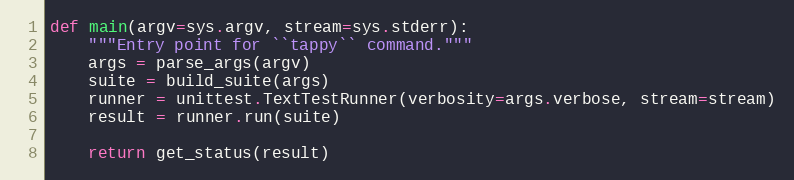
Language: Python
def main(argv=sys.argv, stream=sys.stderr):
    """Entry point for ``tappy`` command."""
    args = parse_args(argv)
    suite = build_suite(args)
    runner = unittest.TextTestRunner(verbosity=args.verbose, stream=stream)
    result = runner.run(suite)

    return get_status(result)